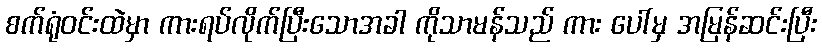
စက်ရုံဝင်းထဲမှာ ကားရပ်လိုက်ပြီးသောအခါ ကိုသာမန်သည် ကား ပေါ်မှ အမြန်ဆင်းပြီး